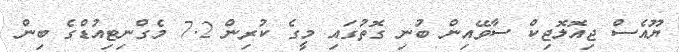
ޔޫއެސް ޖިއޮލޮޖިކް ސާވޭއިން ބުނި ގޮތުގައި މީގެ ކުރިން 7.2 މެގްނިޓިއުޑްގެ ބިން